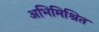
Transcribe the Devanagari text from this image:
अभिमिश्रित